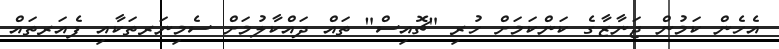
އެހެން ކަމުން ޖަނާޒާގެ ކަންކަމަށް ހުރި "ޗޮއިސް" ތައް ދައްކާލުމަށް ސެމިނަރތަކާއި ފެއަރތައް